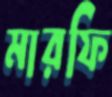
মারফি